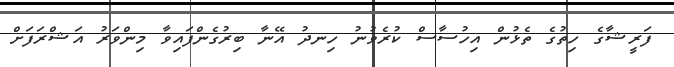
ފަރީޝާގެ ހިތުގެ ތެޅުން އިހުސާސް ކުރެވުނު ހިނދު އޭނާ ބިރުގެންފައިވާ މިންވަރު އަޝްރަފަށް